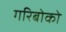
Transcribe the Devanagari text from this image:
गरिबोको